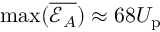
\operatorname* { m a x } ( \overline { { \mathcal { E } _ { A } } } ) \approx 6 8 U _ { \mathrm { p } }